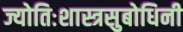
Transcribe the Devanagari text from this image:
ज्योतिःशास्त्रसुबोधिनी